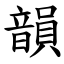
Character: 韻